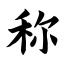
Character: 称